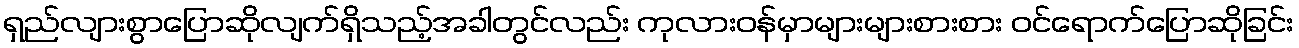
ရှည်လျားစွာပြောဆိုလျက်ရှိသည့်အခါတွင်လည်း ကုလားဝန်မှာများများစားစား ဝင်ရောက်ပြောဆိုခြင်း